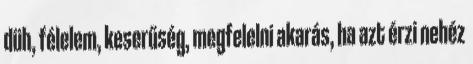
düh, félelem, keserűség, megfelelni akarás, ha azt érzi nehéz